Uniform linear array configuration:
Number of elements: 64
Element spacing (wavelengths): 0.5
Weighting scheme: cosine
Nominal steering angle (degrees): -60
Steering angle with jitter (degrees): -58.135
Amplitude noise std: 0.05
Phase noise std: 0.05

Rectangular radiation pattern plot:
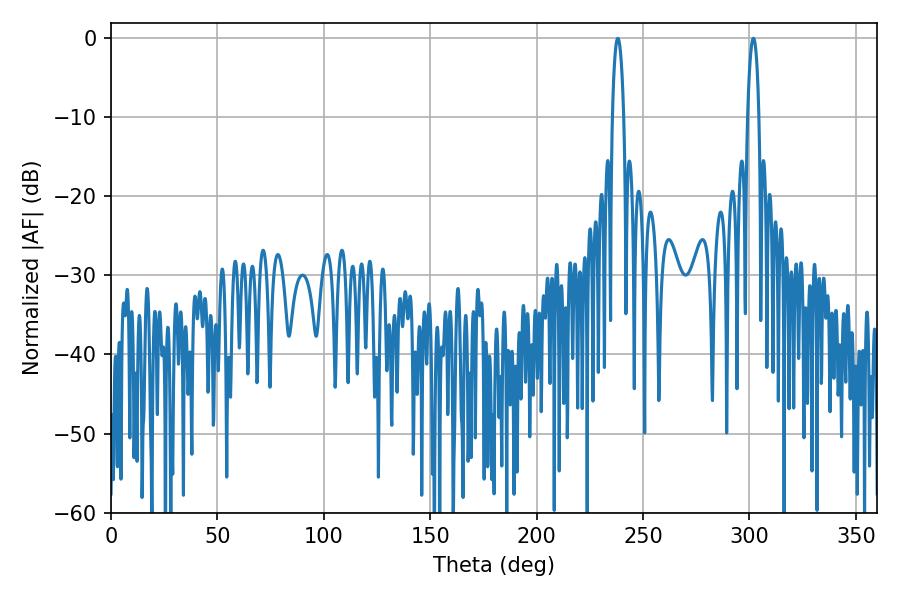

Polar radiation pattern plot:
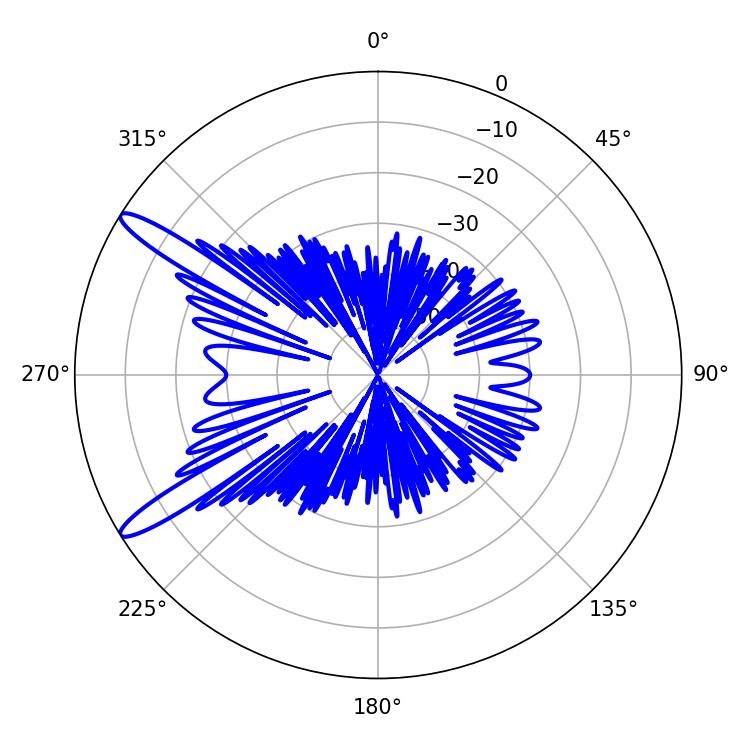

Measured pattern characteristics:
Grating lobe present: FALSE
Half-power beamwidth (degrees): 2.88
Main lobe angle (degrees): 301.86